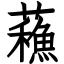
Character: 蘓